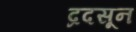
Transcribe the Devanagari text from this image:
द्रदसून